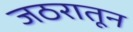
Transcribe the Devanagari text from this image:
जठरातून